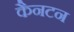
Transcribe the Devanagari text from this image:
कैनटन